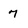
Character: 7